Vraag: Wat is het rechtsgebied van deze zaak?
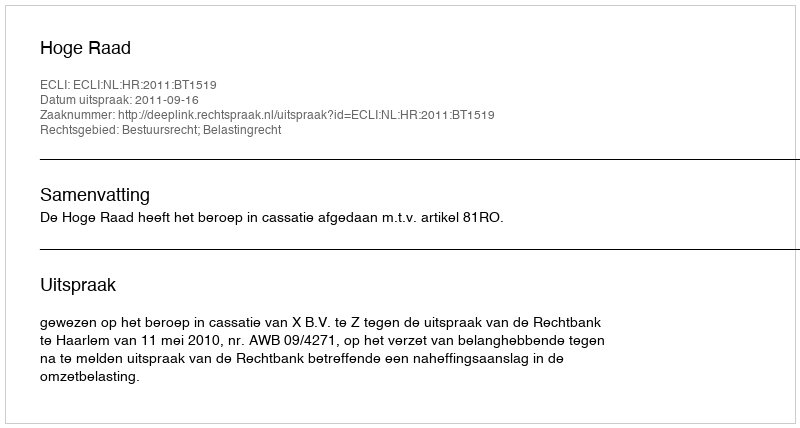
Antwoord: Bestuursrecht; Belastingrecht